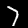
Digit: 7